Rangoon Lunatic Asylum 1893-1897 - 1893-1897
Year: 1893
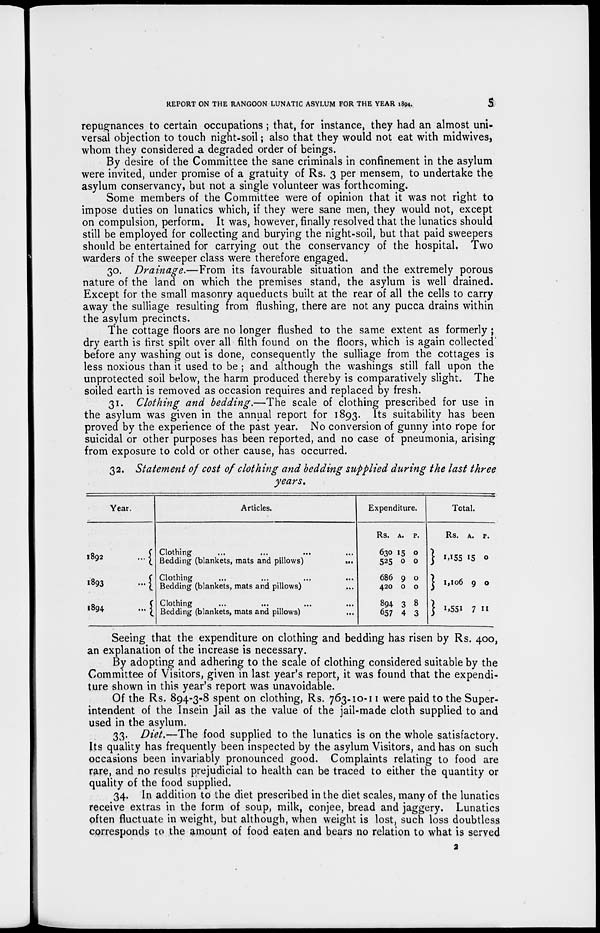
REPORT ON THE RANGOON LUNATIC ASYLUM FOR THE YEAR 1894.
5
repugnances to certain occupations ; that, for instance, they had an almost uni-
versal objection to touch night-soil; also that they would not eat with midwives,
whom they considered a degraded order of beings.
By desire of the Committee the sane criminals in confinement in the asylum
were invited, under promise of a gratuity of Rs. 3 per mensem, to undertake the
asylum conservancy, but not a single volunteer was forthcoming.
Some members of the Committee were of opinion that it was not right to
impose duties on lunatics which, if they were sane men, they would not, except
on compulsion, perform. It was, however, finally resolved that the lunatics should
still be employed for collecting and burying the night-soil, but that paid sweepers
should be entertained for carrying out the conservancy of the hospital. Two
warders of the sweeper class were therefore engaged.
30. Drainage.—From its favourable situation and the extremely porous
nature of the land on which the premises stand, the asylum is well drained.
Except for the small masonry aqueducts built at the rear of all the cells to carry
away the sulliage resulting from flushing, there are not any pucca drains within
the asylum precincts.
The cottage floors are no longer flushed to the same extent as formerly;
dry earth is first spilt over all filth found on the floors, which is again collected
before any washing out is done, consequently the sulliage from the cottages is
less noxious than it used to be ; and although the washings still fall upon the
unprotected soil below, the harm produced thereby is comparatively slight. The
soiled earth is removed as occasion requires and replaced by fresh.
31. Clothing and bedding.—The scale of clothing prescribed for use in
the asylum was given in the annual report for 1893. Its suitability has been
proved by the experience of the past year. No conversion of gunny into rope for
suicidal or other purposes has been reported, and no case of pneumonia, arising
from exposure to cold or other cause, has occurred.
32. Statement of cost of clothing and bedding supplied during the last three
years.
Year.
1892
...
1893
...
1894
...
Articles.
Clothing ... ... ... ...
Bedding (blankets, mats and pillows)
...
Clothing ... ... ... ...
Bedding (blankets, mats and pillows) ...
Clothing ... ... ... ...
Bedding (blankets, mats and pillows) ...
Expenditure.
Rs.
630
525
686
420
894
657
A.
15
0
9
0
3
4
P.
0
0
0
0
8
3
Total.
Rs.
1,155
1,106
1,551
A.
15
9
7
P.
0
0
11
Seeing that the expenditure on clothing and bedding has risen by Rs. 400,
an explanation of the increase is necessary.
By adopting and adhering to the scale of clothing considered suitable by the
Committee of Visitors, given in last year's report, it was found that the expendi-
ture shown in this year's report was unavoidable.
Of the Rs. 894-3-8 spent on clothing, Rs. 763-10-11 were paid to the Super-
intendent of the Insein Jail as the value of the jail-made cloth supplied to and
used in the asylum.
33. Diet.—The food supplied to the lunatics is on the whole satisfactory.
Its quality has frequently been inspected by the asylum Visitors, and has on such
occasions been invariably pronounced good. Complaints relating to food are
rare, and no results prejudicial to health can be traced to either the quantity or
quality of the food supplied.
34. In addition to the diet prescribed in the diet scales, many of the lunatics
receive extras in the form of soup, milk, conjee, bread and jaggery. Lunatics
often fluctuate in weight, but although, when weight is lost, such loss doubtless
corresponds to the amount of food eaten and bears no relation to what is served
2